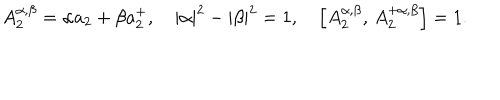
A _ { 2 } ^ { \alpha , \beta } = \alpha a _ { 2 } + \beta a _ { 2 } ^ { + } , \quad \left| \alpha \right| ^ { 2 } - \left| \beta \right| ^ { 2 } = 1 , \quad \left[ A _ { 2 } ^ { \alpha , \beta } , \, A _ { 2 } ^ { + \alpha , \beta } \right] = 1 .